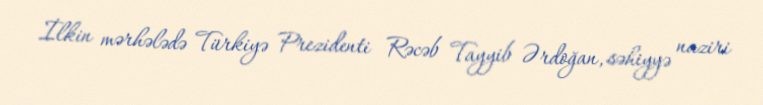
İlkin mərhələdə Türkiyə Prezidenti Rəcəb Tayyib Ərdoğan, səhiyyə naziri